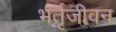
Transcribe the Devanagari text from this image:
भर्तृजीवन